Scottish Leaving Certificate Examination, 1958
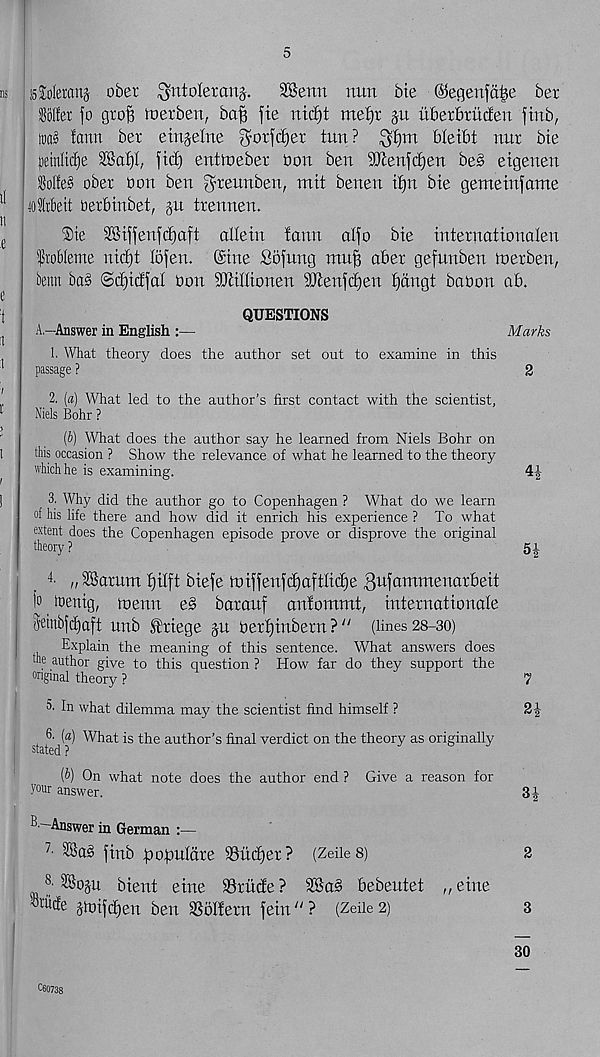
5
jsJoleranj ober ^ntoleranj.
SSenn mm bie ©egenfole ber
golfer jo groB noerbetx, ba§ jte nicfjt mefjr ju iiberbrucfen jtnb,
loaS farm ber etnjelne gorjcfjer tun? $£)m bleibt nur bie
pnM)t SBafjt, jict) entmeber bon ben SJtenjtfien be§ eigenen
golfed ober bon ben g'reunben, mit benen tf)n bte gemetnfame
ffllrkit oerbinbet, gu trennen.
®te 2Bijjenjct)aft alletn fann aljo bie iuternatioualeu
grobleme nictjt tojen. (Sine Sojnng mujs aber gefnnben toerben,
berm bas> ©djidjal bon SUtiEionen 2ltenjff)en fjcingt babon ab.
QUESTIONS
A—Answer in English :—
Marks
1. What theory does the author set out to examine in this
passage ?
2
2. (a) What led to the author’s first contact with the scientist,
Niels Bohr ?
(b) What does the author say he learned from Niels Bohr on
this occasion ? Show the relevance of what he learned to the theory
which he is examining.
4|
3. Why did the author go to Copenhagen ? What do we learn
of his life there and how did it enrich his experience ? To what
extent does the Copenhagen episode prove or disprove the original
theory?
51
4 - „28arum fjilft biefe nnjjenjdjaftlidje 3ufammenarbeit
jo ibenig, menu e§ barauf anfommt, Internationale
S’Unbjdjaft unb ^rtege p. bertjinbern ? /; (lines 28-30)
Explain the meaning of this sentence. What answers does
the author give to this question ? How far do they support the
on gmal theory ?
7
5. In what dilemma may the scientist find himself ?
2 J
6. (a) What is the author’s final verdict on the theory as originally
stated ?
[b) On what note does the author end ? Give a reason for
your answer.
3|
^ Answer in German :—
7 - 23a§ jmb populare Sudjer? (ZeileS)
2
SSop bient erne iBrncfe ? 28a§ bebeutet ,, erne
■ Subfe jtoijcfjen ben SSdlfern jetn"? (Zeiie2)
3
30
060738